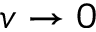
v \rightarrow 0